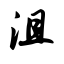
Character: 沮